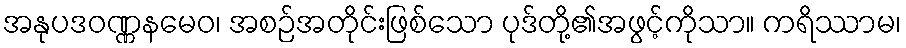
အနုပဒဝဏ္ဏနမေဝ၊ အစဉ်အတိုင်းဖြစ်သော ပုဒ်တို့၏အဖွင့်ကိုသာ။ ကရိဿာမ၊